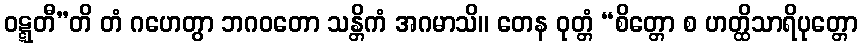
ဝဋ္ဋတီ”တိ တံ ဂဟေတွာ ဘဂဝတော သန္တိကံ အဂမာသိ။ တေန ဝုတ္တံ “စိတ္တော စ ဟတ္ထိသာရိပုတ္တော